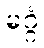
မဂ္ဂံ